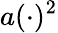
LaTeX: a(\cdot)^{2}